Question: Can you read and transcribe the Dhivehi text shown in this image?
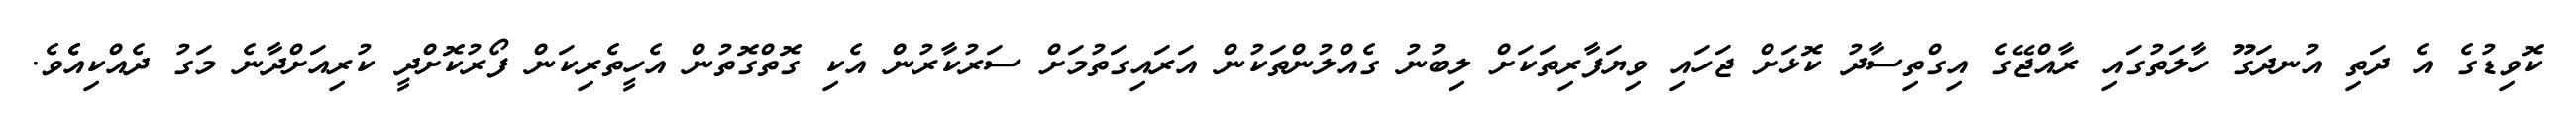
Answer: ކޮވިޑުގެ އެ ދަތި އުނދަގޫ ހާލަތުގައި ރާއްޖޭގެ އިގްތިސާދު ކޮޅަށް ޖަހައި ވިޔަފާރިތަކަށް ލިބުނު ގެއްލުންތަކުން އަރައިގަތުމަށް ސަރުކާރުން އެކި ގޮތްގޮތުން އެހީތެރިކަން ފޯރުކޮށްދީ ކުރިއަށްދާނެ މަގު ދެއްކިއެެވެ.